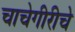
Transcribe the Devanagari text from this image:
चाचेगीरीचे